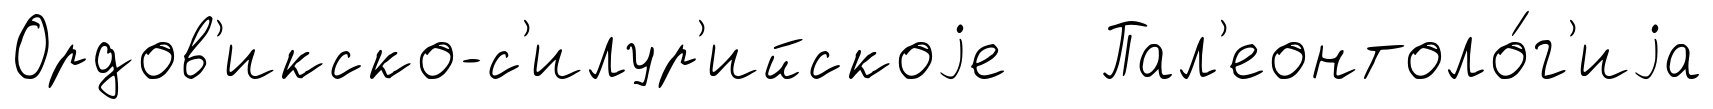
Ордов'икско-с'илур'ийскоjе Пал'еонтоло́г'иjа